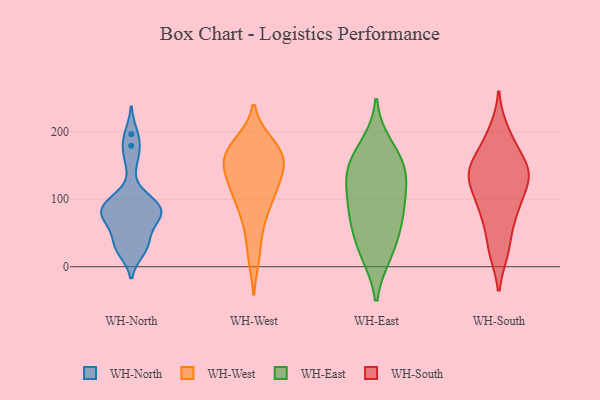
{"axis": {"x": "Page Views", "y": "Value"}, "legend": ["WH-East", "WH-North", "WH-South", "WH-West"], "data": [{"x": "", "y": 33, "type": "WH-North"}, {"x": "", "y": 73, "type": "WH-North"}, {"x": "", "y": 29, "type": "WH-North"}, {"x": "", "y": 179, "type": "WH-North"}, {"x": "", "y": 91, "type": "WH-North"}, {"x": "", "y": 196, "type": "WH-North"}, {"x": "", "y": 66, "type": "WH-North"}, {"x": "", "y": 37, "type": "WH-North"}, {"x": "", "y": 91, "type": "WH-North"}, {"x": "", "y": 79, "type": "WH-North"}, {"x": "", "y": 24, "type": "WH-North"}, {"x": "", "y": 74, "type": "WH-North"}, {"x": "", "y": 157, "type": "WH-North"}, {"x": "", "y": 97, "type": "WH-North"}, {"x": "", "y": 97, "type": "WH-North"}, {"x": "", "y": 77, "type": "WH-North"}, {"x": "", "y": 105, "type": "WH-West"}, {"x": "", "y": 14, "type": "WH-West"}, {"x": "", "y": 149, "type": "WH-West"}, {"x": "", "y": 184, "type": "WH-West"}, {"x": "", "y": 151, "type": "WH-West"}, {"x": "", "y": 181, "type": "WH-West"}, {"x": "", "y": 58, "type": "WH-West"}, {"x": "", "y": 116, "type": "WH-West"}, {"x": "", "y": 154, "type": "WH-West"}, {"x": "", "y": 118, "type": "WH-West"}, {"x": "", "y": 152, "type": "WH-West"}, {"x": "", "y": 85, "type": "WH-West"}, {"x": "", "y": 173, "type": "WH-West"}, {"x": "", "y": 129, "type": "WH-East"}, {"x": "", "y": 133, "type": "WH-East"}, {"x": "", "y": 102, "type": "WH-East"}, {"x": "", "y": 23, "type": "WH-East"}, {"x": "", "y": 178, "type": "WH-East"}, {"x": "", "y": 64, "type": "WH-East"}, {"x": "", "y": 85, "type": "WH-East"}, {"x": "", "y": 20, "type": "WH-East"}, {"x": "", "y": 151, "type": "WH-East"}, {"x": "", "y": 154, "type": "WH-East"}, {"x": "", "y": 68, "type": "WH-East"}, {"x": "", "y": 27, "type": "WH-South"}, {"x": "", "y": 137, "type": "WH-South"}, {"x": "", "y": 24, "type": "WH-South"}, {"x": "", "y": 115, "type": "WH-South"}, {"x": "", "y": 133, "type": "WH-South"}, {"x": "", "y": 184, "type": "WH-South"}, {"x": "", "y": 86, "type": "WH-South"}, {"x": "", "y": 81, "type": "WH-South"}, {"x": "", "y": 159, "type": "WH-South"}, {"x": "", "y": 78, "type": "WH-South"}, {"x": "", "y": 133, "type": "WH-South"}, {"x": "", "y": 145, "type": "WH-South"}, {"x": "", "y": 139, "type": "WH-South"}, {"x": "", "y": 200, "type": "WH-South"}]}